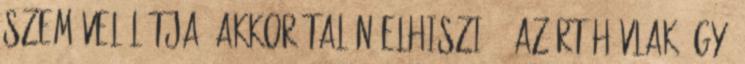
szemével látja, akkor talán elhiszi. - Azért hívlak így,